Plague in India, 1896, 1897 - Volume 3
Year: 1896
Disease focus: Plague
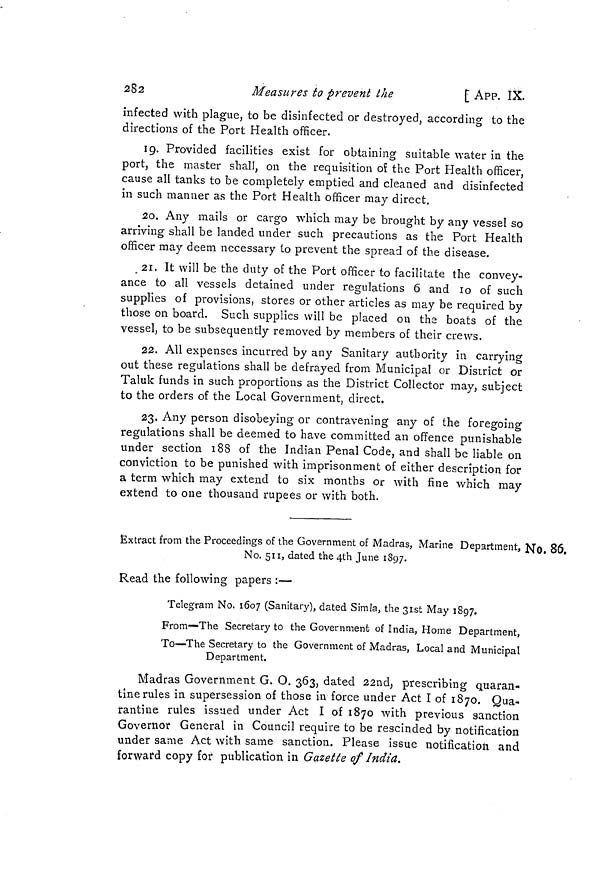
282
Measures to prevent the
[ APP. IX.
infected with plague, to be disinfected or destroyed, according to the
directions of the Port Health officer.
19. Provided facilities exist for obtaining suitable water in the
port, the master shall, on the requisition oí the Port Health officer,
cause all tanks to be completely emptied and cleaned and disinfected
in such manner as the Port Health officer may direct.
20. Any mails or cargo which may be brought by any vessel so
arriving shall be landed under such precautions as the Port Health
officer may deem necessary to prevent the spread of the disease.
21. It will be the duty of the Port officer to facilitate the convey-
ance to all vessels detained under regulations 6 and 10 of such
supplies of provisions, stores or other articles as may be required by
those on board. Such supplies will be placed on the boats of the
vessel, to be subsequently removed by members of their crews.
22. All expenses incurred by any Sanitary authority in carrying
out these regulations shall be defrayed from Municipal or District or
Taluk funds in such proportions as the District Collector may, subject
to the orders of the Local Government, direct.
23. Any person disobeying or contravening any of the foregoing
regulations shall be deemed to have committed an offence punishable
under section 188 of the Indian Penal Code, and shall be liable on
conviction to be punished with imprisonment of either description for
a term which may extend to six months or with fine which may
extend to one thousand rupees or with both.
No. 86.
Extract from the Proceedings of the Government of Madras, Marine Department
No. 511, dated the 4th June 1897.
Read the following papers :—
Telegram No. 1607 (Sanitary), dated Simla, the 31st May 1897.
From—The Secretary to the Government of India, Home Department,
To—The Secretary to the Government of Madras, Local and Municipal
Department.
Madras Government G. O. 363, dated 22nd, prescribing quaran-
tine rules in supersession of those in force under Act 1 of 1870. Qua-
rantine rules issued under Act 1 of 1870 with previous sanction
Governor General in Council require to be rescinded by notification
under same Act with same sanction. Please issue notification and
forward copy for publication in Gazette of Indict.